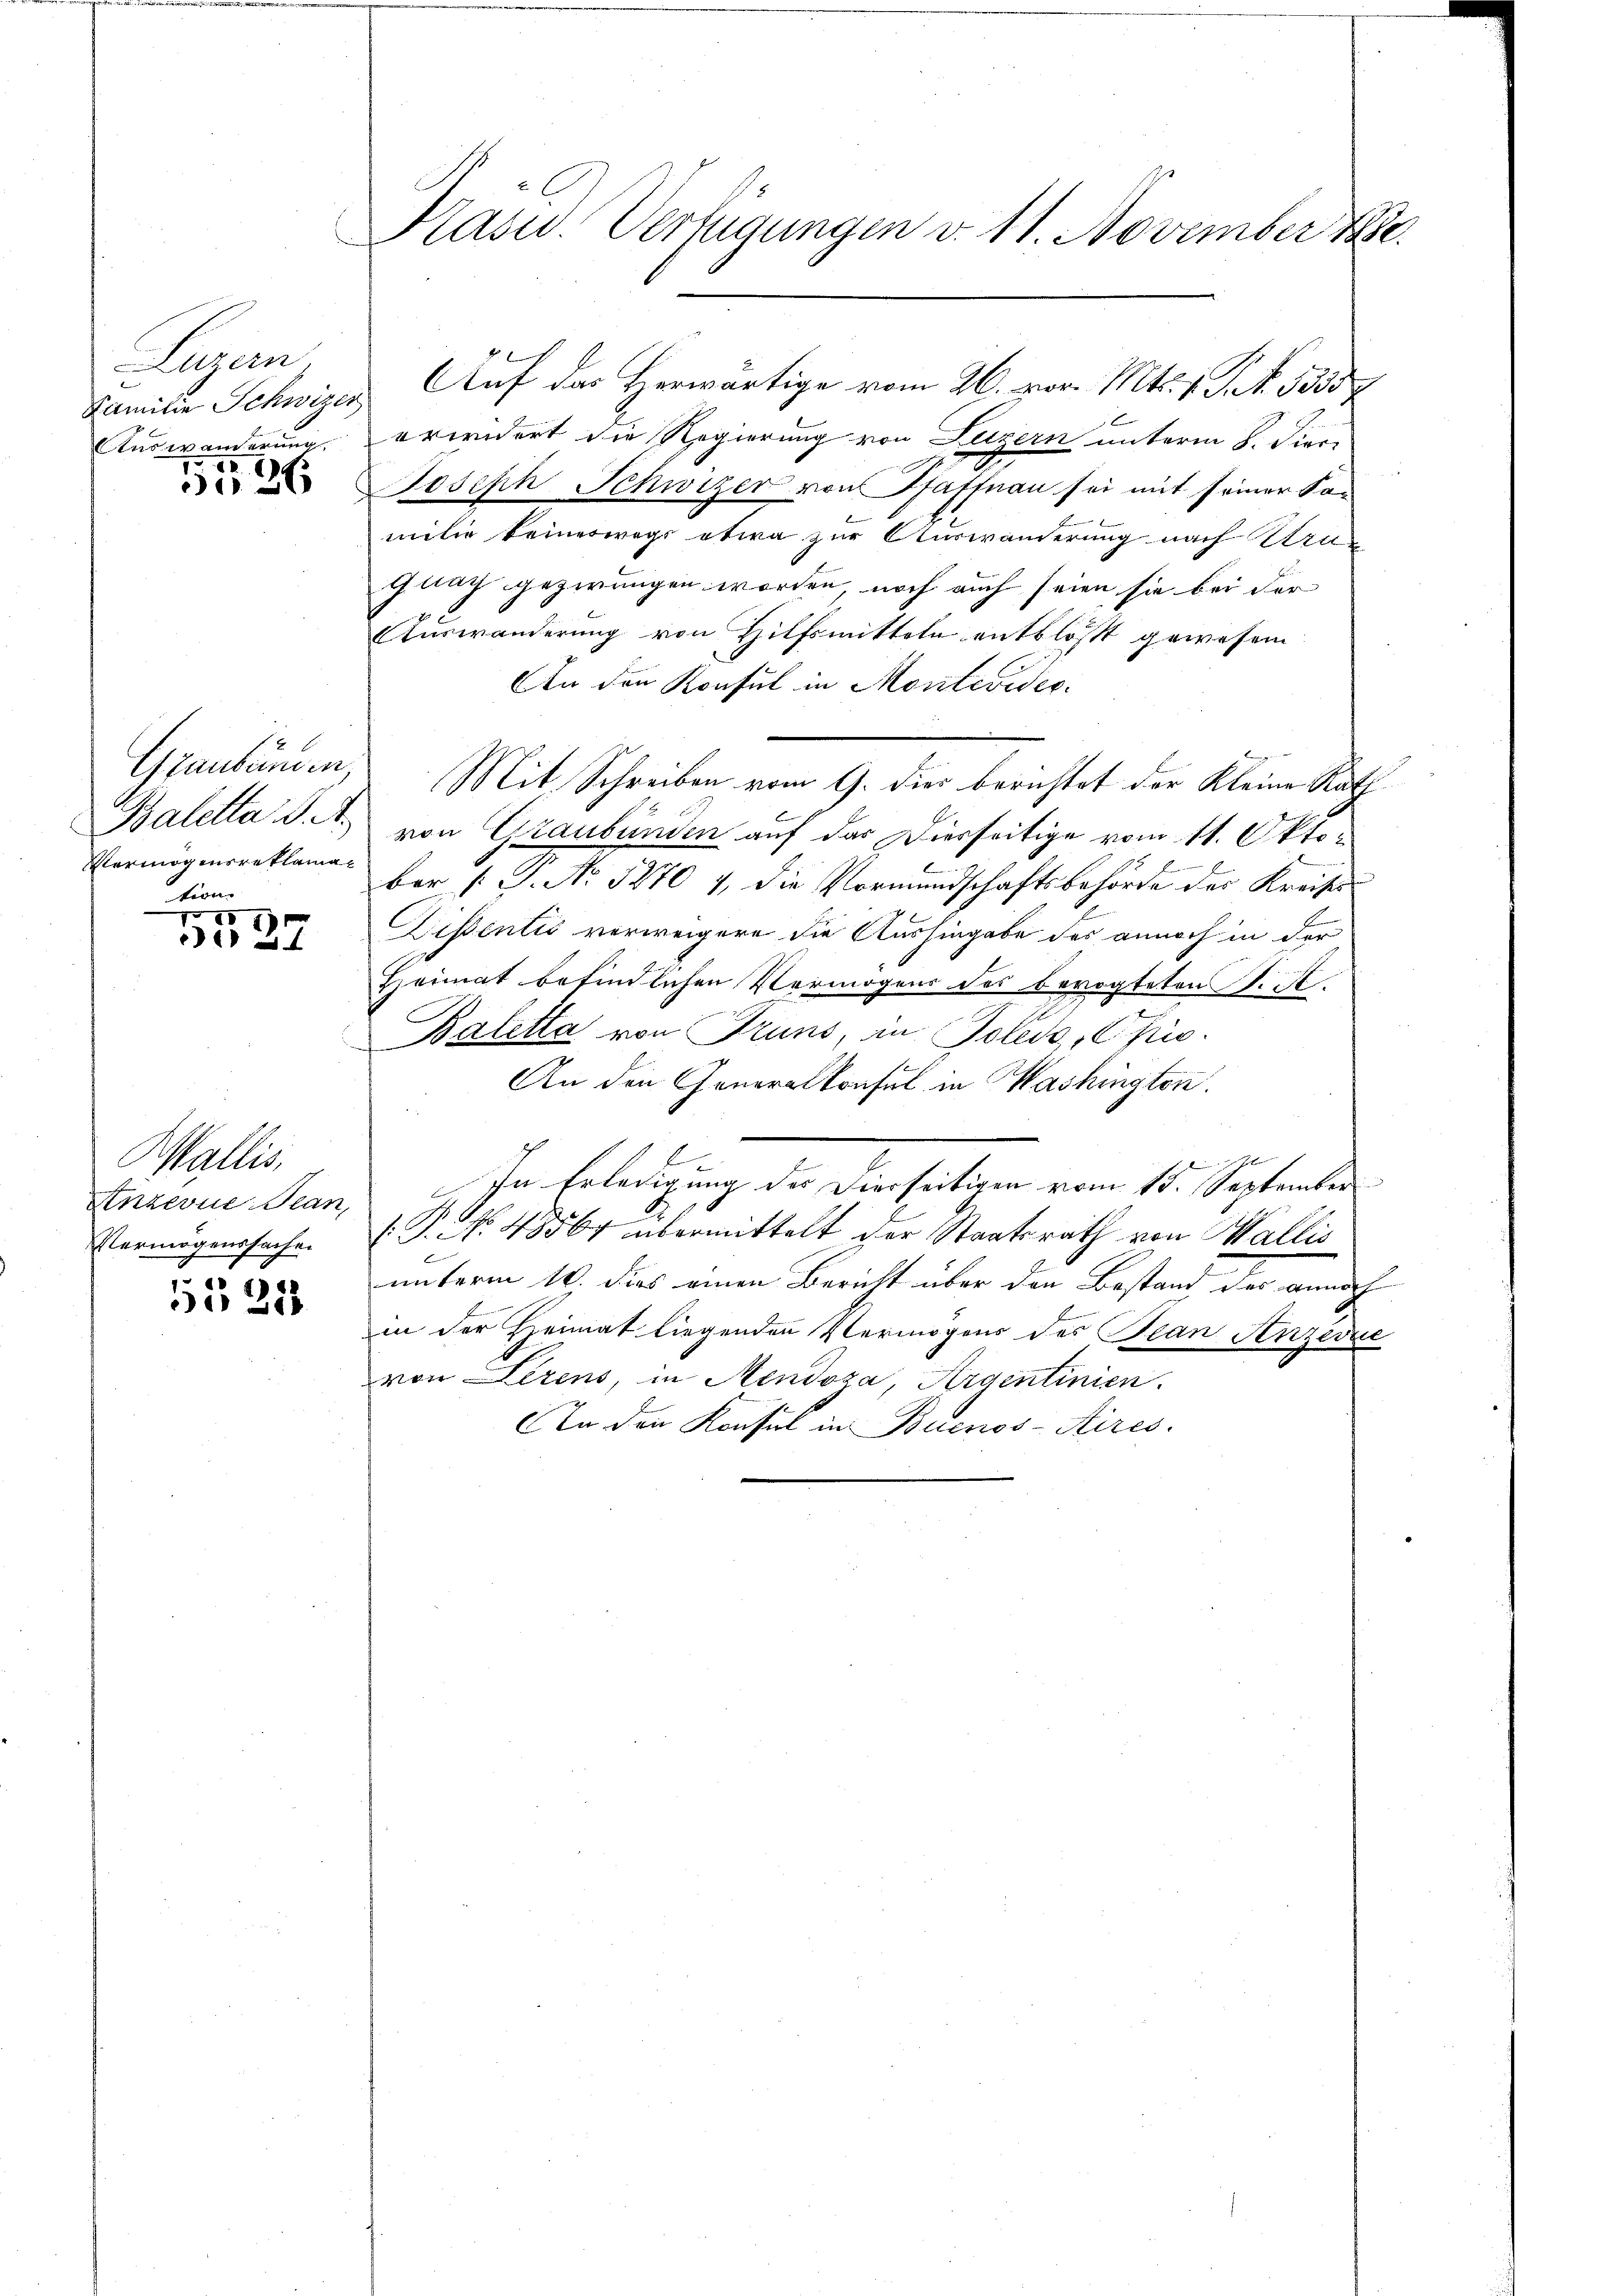
Luzern.
Auswänderung

26

Graubünden,
Baletta u. A.
Vermögmereklamations

5
B 27

Wallis,
Anzerne Bean,
Vermögenssachen

1531

Kasu. Verfügungen v. 11. November 1880.

Familie Schweizer Auf das Herwärtige vom 26. vor. Mts. v. J. R. 3333.
erwidert die Regierung von Luzern unterm 8. Dien
Joseph Schwyzer von Taffnau sei mit seiner Ka-
milie keineswegs etwa zur Auswanderung nach Kra
guay gezwungen worden, noch auch seien sie bei der
Auswanderung von Hilfsmitteln entblöst gewesen
An den Konsul in Montevides.
Mit Schreiben vom 9. dies berichtet der Kleine Rath
von Graubünden auf das Diesseitige vom 11. Okto¬
Bar P. Nr. 5270 4, die Vormundschaftsbehörde des Kreises
Dissentis verweigere die Aushingabe des annoch in der
Heimat befindlichen Vermögens des bevogteten S. S.
Baletta von Truns, in Poledo, Pfis¬
An den Generalkonsul in Washingten.
flen
In Erledigung des Dierseitigen vom 15. September
P.N. 48564 übermittelt der Staatsrath von Wallis
unterm 10. dies einen Bericht über den Bestand der annoch
in der Heimat liegenden Vermögens des Plan Anzeric
von Lirens, in Mendoza, Argentinien.
An den Konsul in Buenos-Aires.